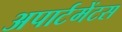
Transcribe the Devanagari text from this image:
अपार्टमेंटस